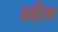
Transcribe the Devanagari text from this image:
हर्हेल